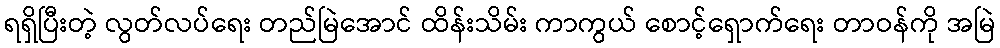
ရရှိပြီးတဲ့ လွတ်လပ်ရေး တည်မြဲအောင် ထိန်းသိမ်း ကာကွယ် စောင့်ရှောက်ရေး တာဝန်ကို အမြဲ